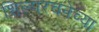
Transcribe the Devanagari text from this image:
शिल्परचनेच्या